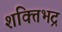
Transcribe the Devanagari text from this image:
शक्तिभद्र